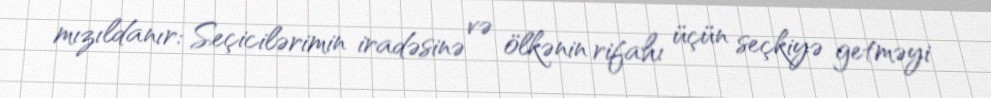
mızıldanır: Seçicilərimin iradəsinə və ölkənin rifahı üçün seçkiyə getməyi